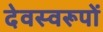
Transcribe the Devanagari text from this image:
देवस्वरूपों